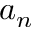
a _ { n }